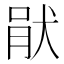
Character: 𤞣